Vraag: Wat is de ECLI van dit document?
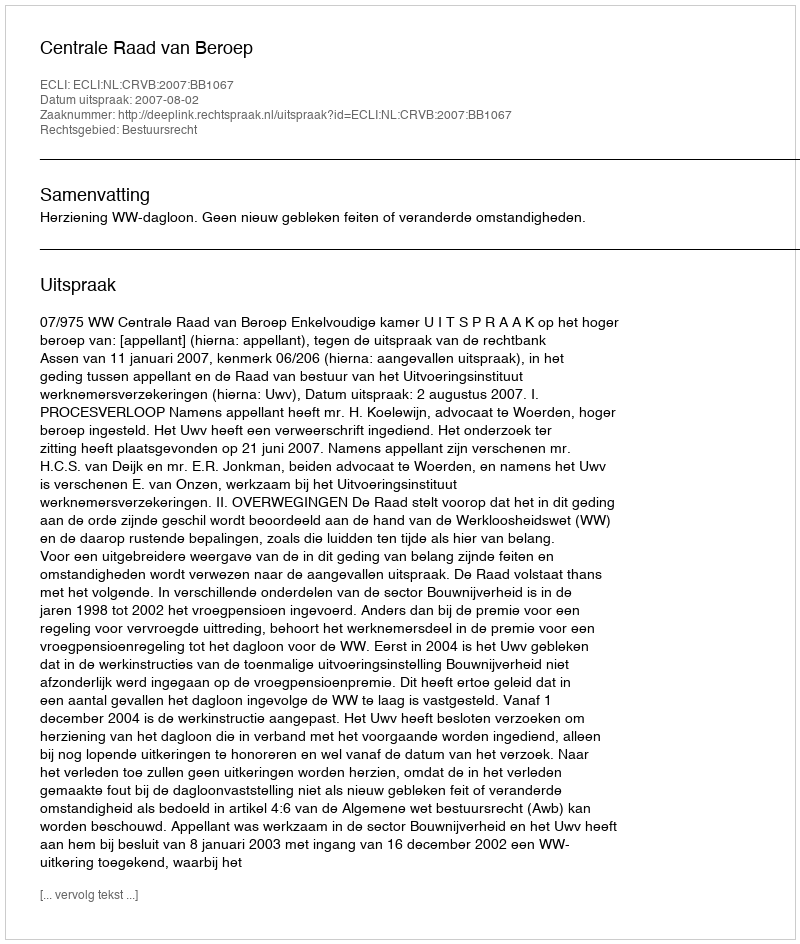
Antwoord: ECLI:NL:CRVB:2007:BB1067